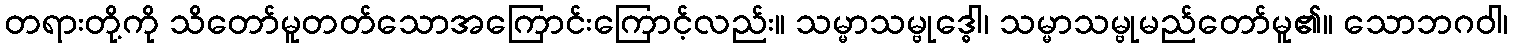
တရားတို့ကို သိတော်မူတတ်သောအကြောင်းကြောင့်လည်း။ သမ္မာသမ္ဗုဒ္ဓေါ၊ သမ္မာသမ္ဗုမည်တော်မူ၏။ သောဘဂဝါ၊